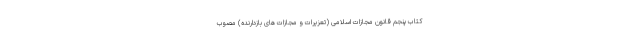
کتاب پنجم قانون مجازات اسلامی (‌تعزیرات و مجازات ‌های بازدارنده) مصوب